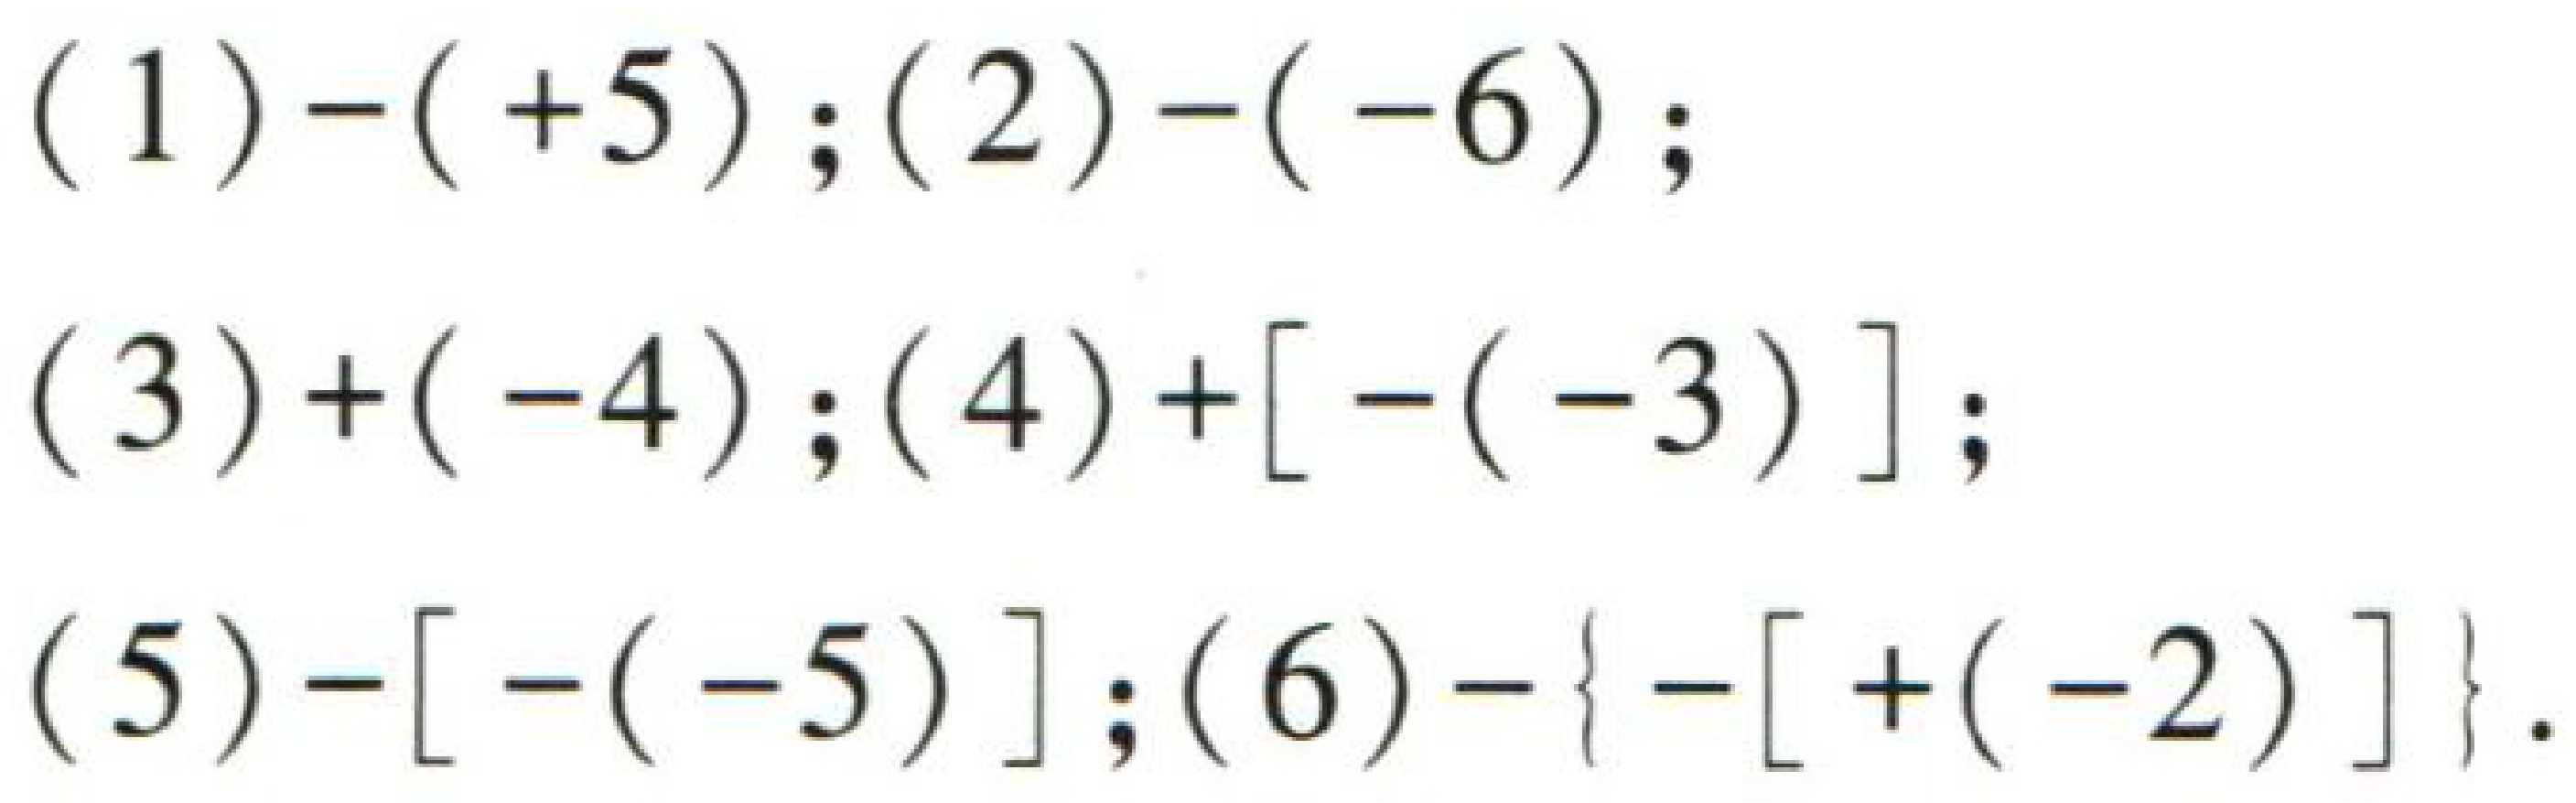
(1) \(-( + 5)\); (2) \(-(-6)\);
(3) \(+(-4)\); (4) \(+[-(-3)]\);
(5) \(-[-(-5)]\); (6) \(-\{- [+( - 2)]\}\).